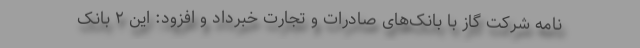
نامه شرکت گاز با بانک‌های صادرات و تجارت خبرداد و افزود: این ۲ بانک